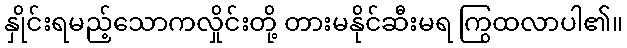
နှိုင်းရမည့်သောကလှိုင်းတို့ တားမနိုင်ဆီးမရ ကြွထလာပါ၏။